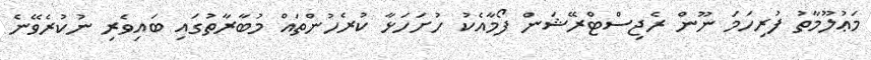
މަޢުލޫމާތު ފުރިހަމަ ނޫން ރެޖިސްޓްރޭޝަން ފޯމާއެކު ހުށަހަޅާ ކުރެހުންތައް މުބާރާތުގައި ބައިވެރި ނުކުރެވޭނެ